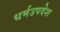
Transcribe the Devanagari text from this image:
धर्मउपदेश